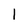
Character: 1